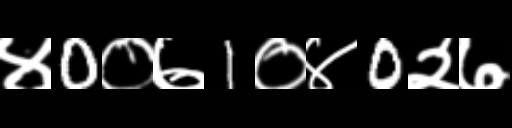
Text: ४0०७1०४0२७